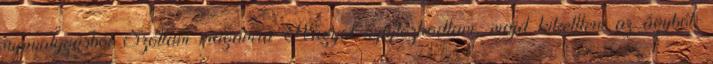
nyavalygásból Szóltam magamra Nagyot nyújtózkodtam, majd kikelltem az ágyból.